Scottish Certificate of Education, 1962
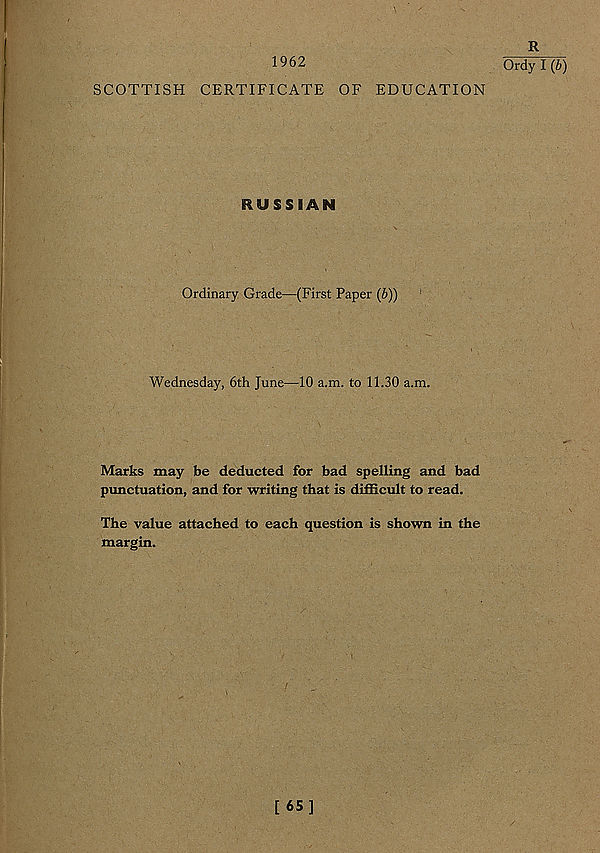
1962
SCOTTISH CERTIFICATE OF EDUCATION
RUSSIAN
Ordinary Grade—(First Paper (b))
Wednesday, 6th June—10 a.m. to 11.30 a.m.
Marks may be deducted for bad spelling and bad
punctuation, and for writing that is difficult to read.
The value attached to each question is shown in the
margin.
R
Ordy I (b)
[65]